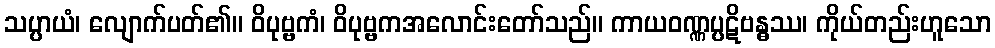
သပ္ပာယံ၊ လျောက်ပတ်၏။ ဝိပုဗ္ဗကံ၊ ဝိပုဗ္ဗကအလောင်းတော်သည်။ ကာယဝဏ္ဏပ္ပဋိဗန္ဓဿ၊ ကိုယ်တည်းဟူသော